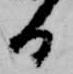
る